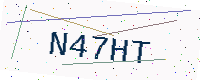
Text: N47HT